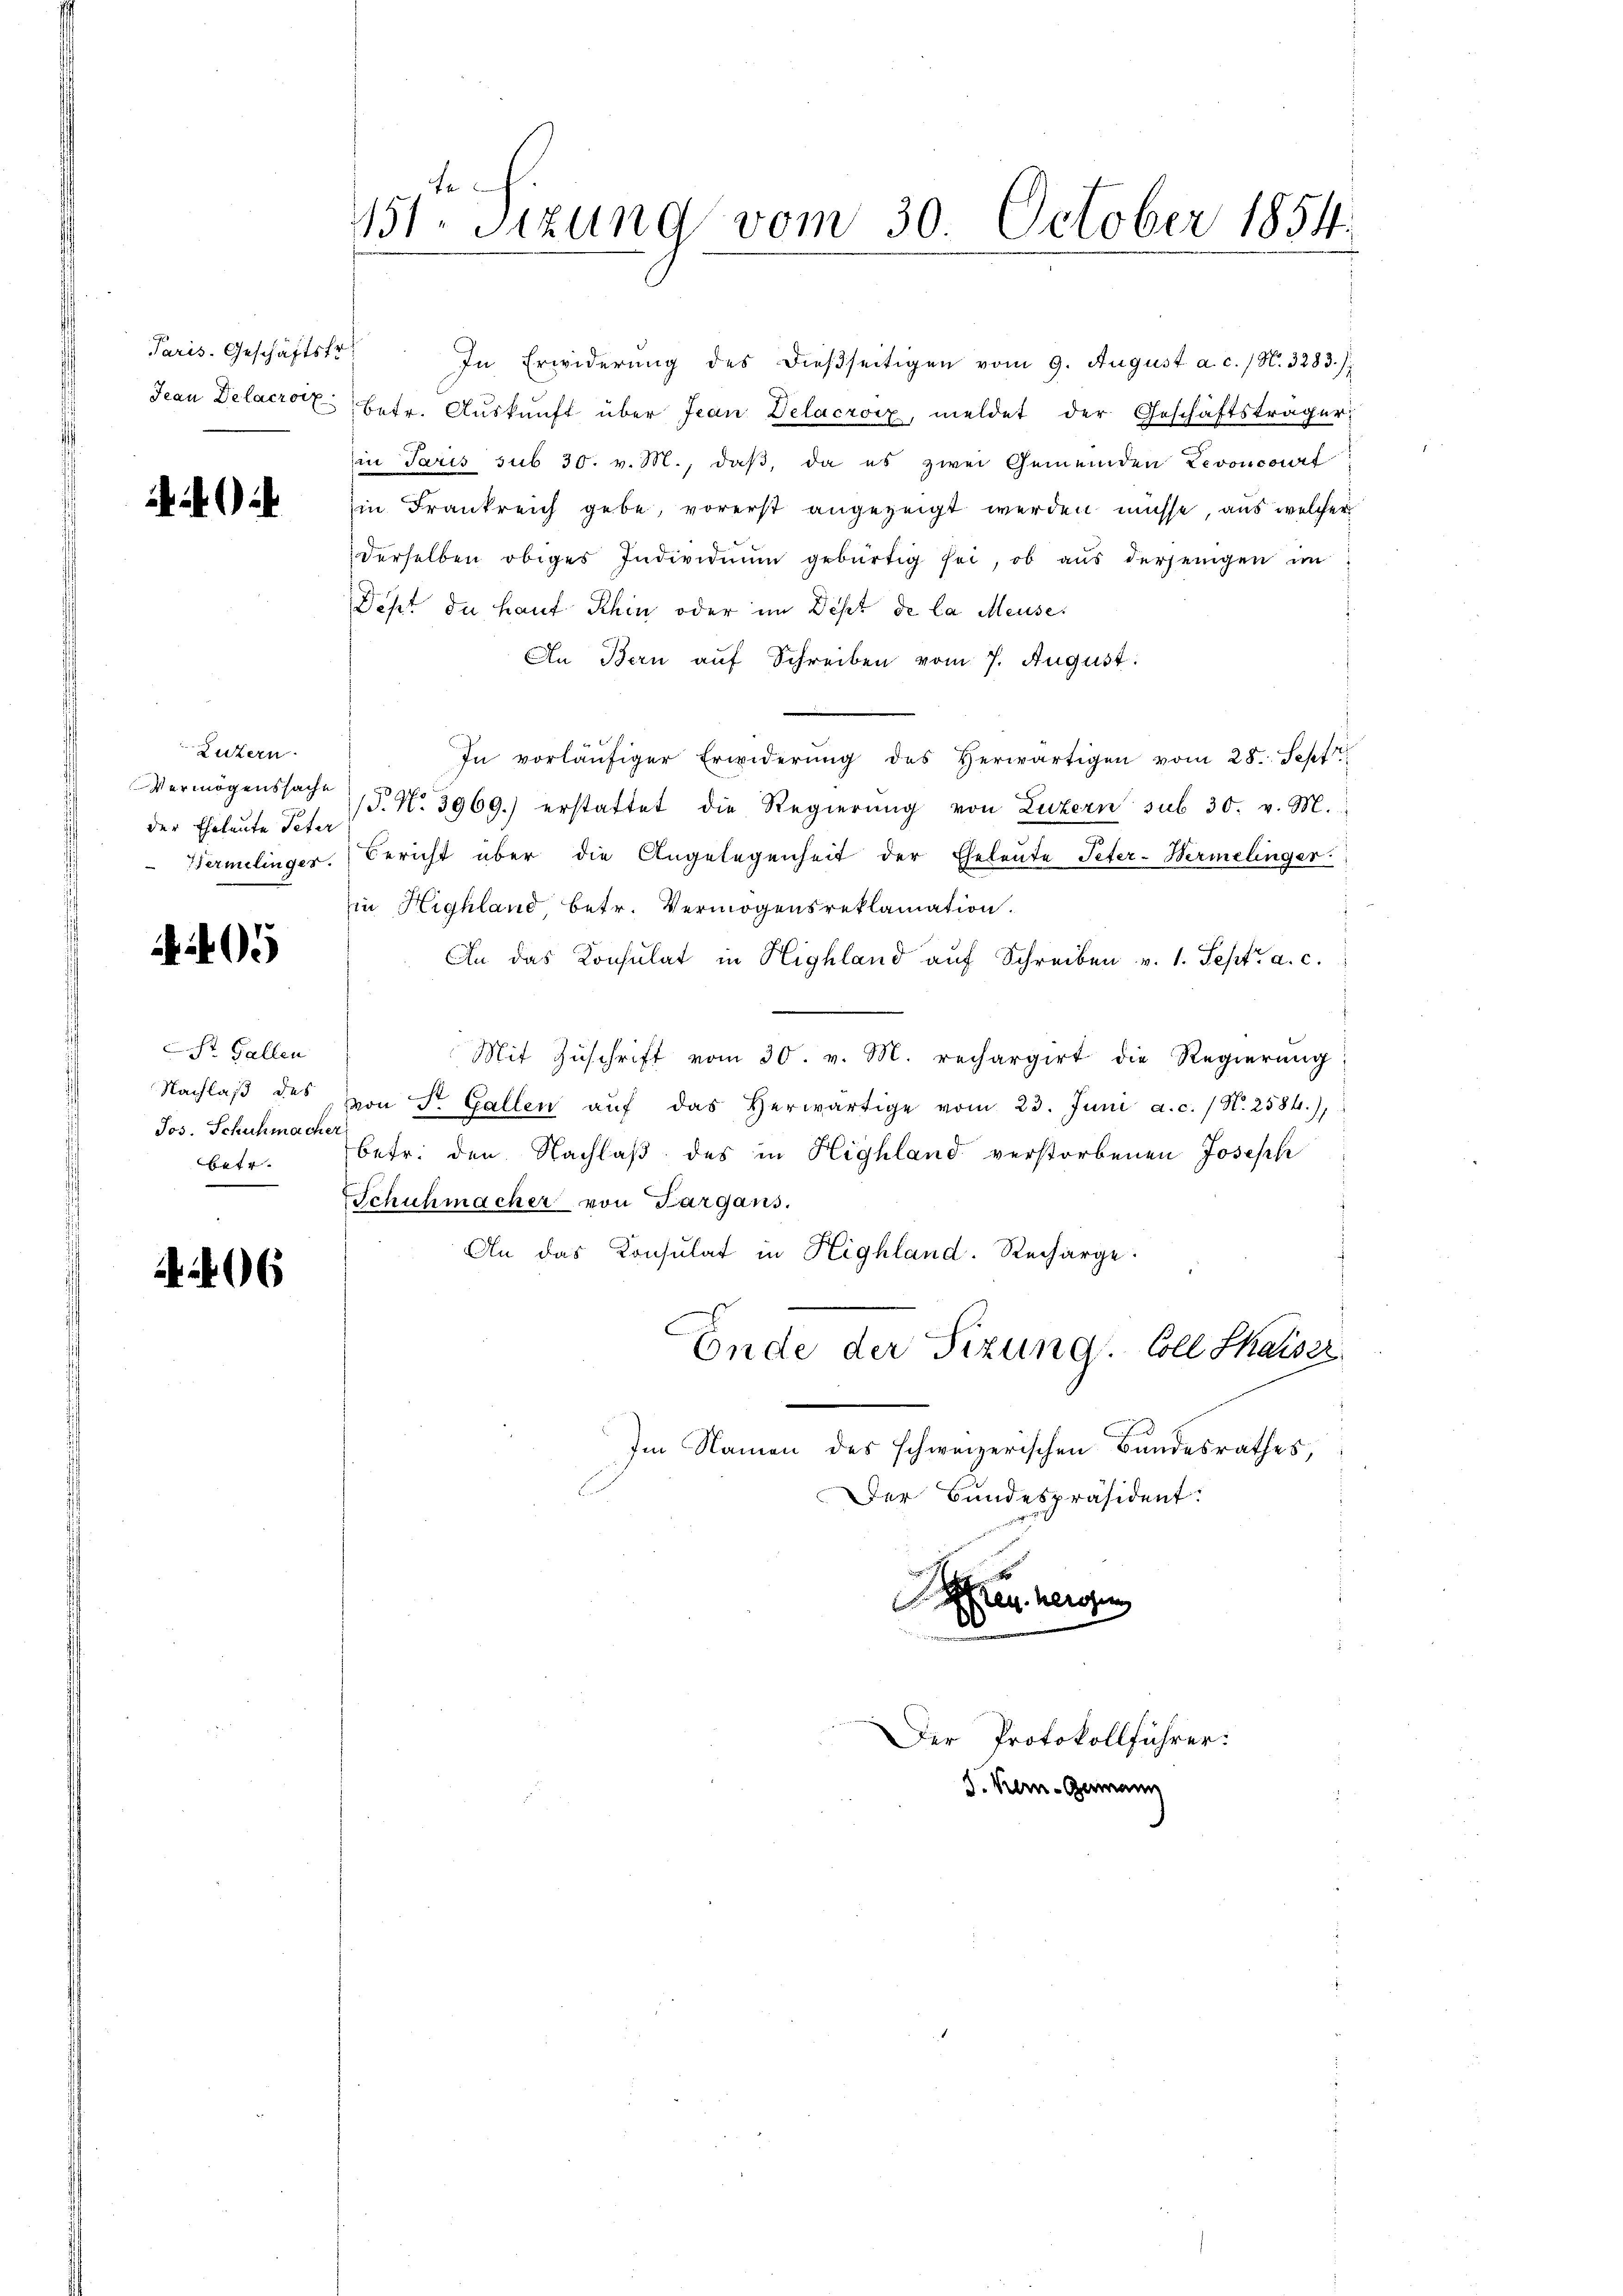
Paris. Geschäftstr
Jean Delacrotz

Zuzern.
Vermögenssache
der Eheleute Peter
Vermelinger.

4.405

St. Gallen
Nachlaß des
Jos. Schuhmacher
betr.

1406

le
151. Sitzung vom 30. October 1854.

Deßt du haut Khin oder im Dist de la Meuse.
An Bern auf Schreiben vom 7. August.
In vorläŭfiger Erwiderŭng des herwärtigen vom 28. Sept
1. No. 3969.) erstattet die Regierung von Luzern sub 30. v. M.
Bericht über die Angelegenheit der Eheleute Peter-Hermelinger.
in Highland, betr. Vermögensreklamation.
An das Konsulat in Highland auf Schreiben v. 1. Sept. a. c.
Mit Zŭschrift vom 30. v. M. rechargirt die Regierung
von St. Gallen aŭf das herwärtige vom 23. Juni a.c. / N. 2584),
betr. den Nachlaß des in Highland verstorbenen Joseph
Schuhmacher von Sargans.
An das Konsulat in Highland. Recharge.
Ende der Sitzung. Coll Shaiser
Im Namen des schweizerischen Bundesrathes,
Der Bundespräsident.

In Erwiderŭng des dießseitigen vom 9. August a. c. / N. 3283):
betr. Auskunft über Jean Delacroiz, meldet der Geschäftsträger:
in Paris sub 30. v. M., daß, da es zwei Gemeinden Levoncourt
Ein Frankreich gebe, vorerst angezeigt werden müsse, aus welcher
derselben obiges Individuum gebürtig sei, ob aus derjenigen im

Ahren herosen
d

Der Protokollführer:
J. Kern-Germann